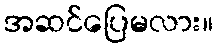
အဆင်ပြေမလား။